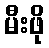
မီးဖို